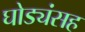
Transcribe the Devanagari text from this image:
घोड्यंसह